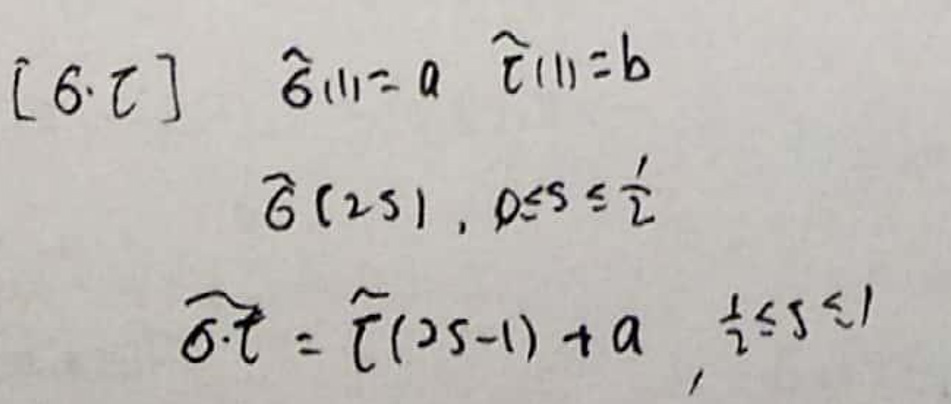
\[ [6. \tau] \quad \widehat{\varepsilon}_{(1)} = a \quad \widetilde{\tau}_{(1)} = b \]
\[ \widehat{\sigma}(2s), 0\leq s\leq \frac{1}{2} \]
\[ \widehat{\sigma}\cdot\widetilde{\tau}=\widetilde{\tau}(2s - 1)+a, \frac{1}{2}\leq s\leq 1 \]